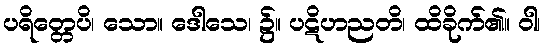
ပရိတ္တေပိ၊ သော။ ဒေါသေ၊ ၌။ ပဋိဟညတိ၊ ထိခိုက်၏။ ဝါ၊